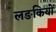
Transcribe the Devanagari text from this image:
लङकियों